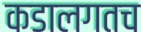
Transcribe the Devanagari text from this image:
कडालगतच